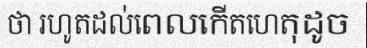
ថា រហូតដល់ពេលកើតហេតុដូច